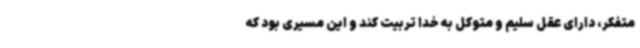
متفکر، دارای عقل سلیم و متوکل به خدا تربیت کند و این مسیری بود که